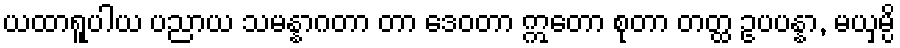
ယထာရူပါယ ပညာယ သမန္နာဂတာ တာ ဒေဝတာ ဣတော စုတာ တတ္ထ ဥပပန္နာ, မယှမ္ပိ